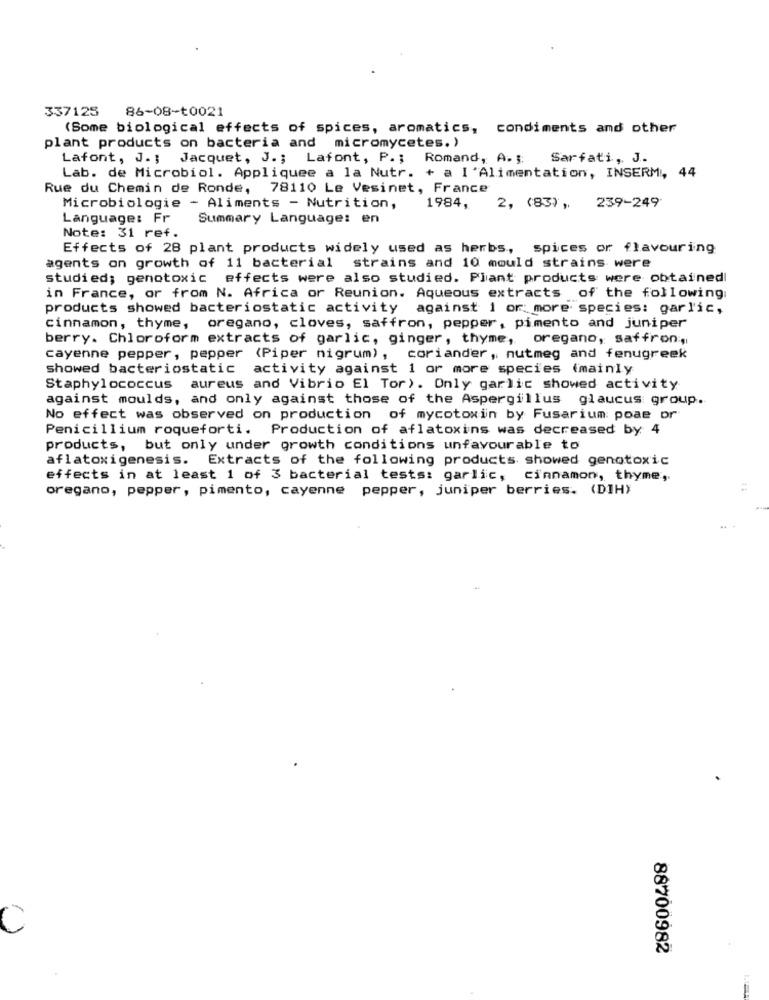
337125 86-08-t0021
(Some biological effects of spices, aromatics, condiments and other
plant products on bacteria and micromycetes. )
Lafont, J. ; Jacquet, J. ; Lafont, P .; Romand, A. ; Sarfati, J.
Lab. de Microbiol. Appliquee a la Nutr. + a I 'Alimentation, INSERM, 44
Rue du Chemin de Ronde, 78110 Le Vesinet, France
Microbiologie - Aliments - Nutrition,
1984, 2, (83), 239-249
Language: Fr
Summary Language: en
Note: 31 ref.
Effects of 28 plant products widely used as herbs, spices or flavouring
agents on growth of 11 bacterial strains and 10 mould strains were
studied; genotoxic effects were also studied. Plant products were obtainedl
in France, or from N. Africa or Reunion. Aqueous extracts of the following
products showed bacteriostatic activity against 1 or more species: garlic,
cinnamon, thyme, oregano, cloves, saffron, pepper, pimento and juniper
berry. Chloroform extracts of garlic, ginger, thyme, oregano, saffron,
cayenne pepper, pepper (Piper nigrum), coriander, nutmeg and fenugreek
showed bacteriostatic activity against 1 or more species (mainly
Staphylococcus aureus and Vibrio El Tor). Only garlic showed activity
against moulds, and only against those of the Aspergillus glaucus group.
No effect was observed on production of mycotoxin by Fusarium: poae or
Penicillium roqueforti. Production of aflatoxins was decreased by 4
products, but only under growth conditions unfavourable to
aflatoxigenesis. Extracts of the following products showed genotoxic
effects in at least 1 of 3 bacterial tests: garlic, cinnamon, thyme,
oregano, pepper, pimento, cayenne pepper, juniper berries. (DIH)
C
88700982